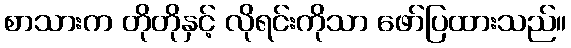
စာသားက တိုတိုနှင့် လိုရင်းကိုသာ ဖော်ပြထားသည်။